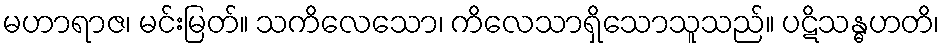
မဟာရာဇ၊ မင်းမြတ်။ သကိလေသော၊ ကိလေသာရှိသောသူသည်။ ပဋိသန္ဓဟတိ၊